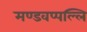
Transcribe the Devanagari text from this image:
मण्डवप्पल्लि